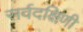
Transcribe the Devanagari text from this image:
सर्वदक्षिणी